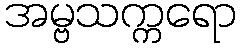
အမ္ဗသက္ကရော